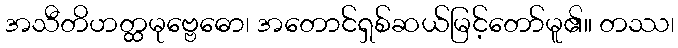
အသီတိဟတ္ထမုဗ္ဗေဓော၊ အတောင်ရှစ်ဆယ်မြင့်တော်မူ၏။ တဿ၊